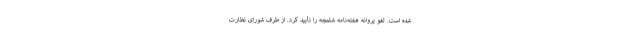
شده است. لغو پروانه هفته‌نامه شلمچه را تأیید كرد. از طرف شوراى نظارت